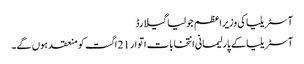
آسٹریلیا کی وزیر اعظم جولیا گیلارڈ
آسٹریلیا کے پارلیمانی انتخابات اتوار 21 اگست کو منعقد ہوں گے۔